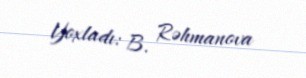
Yoxladı: B. Rəhmanova